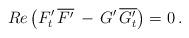
LaTeX: \begin{align*}Re\,\big( F'_t\,\overline{F'} \,-\,G'\, \overline{G'_t}\big)=0\,.\end{align*}